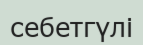
себетгүлі